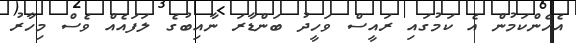
އެހެންކަމުން އެ ކަމުގައި ރައީސް ވަހީދު ބަންޑާރަ ނާއިބުގެ ލަފައެއް ވެސް މިހާރު